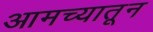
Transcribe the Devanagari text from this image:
आमच्यातून